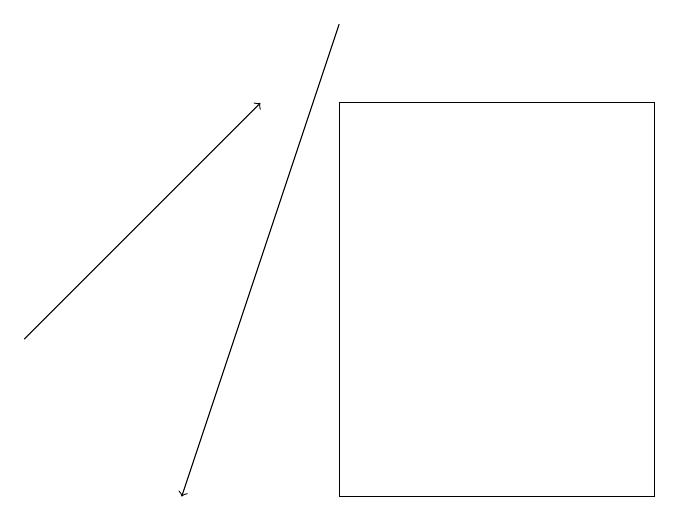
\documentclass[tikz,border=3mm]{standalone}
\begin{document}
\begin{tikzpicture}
\draw[->] (4,19) -- (2,13);
\draw[->] (0,15) -- (3,18);
\draw (4,18) rectangle (8,13);
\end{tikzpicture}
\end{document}